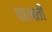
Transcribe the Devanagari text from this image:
पारबती